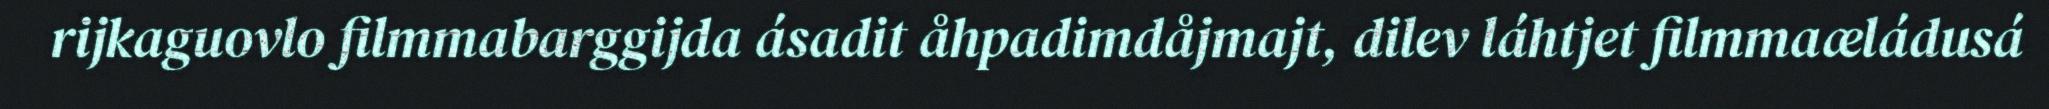
rijkaguovlo filmmabarggijda ásadit åhpadimdåjmajt, dilev láhtjet filmmaæládusá